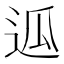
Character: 𰺶